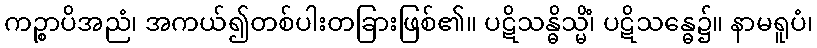
ကဉ္စာပိအညံ၊ အကယ်၍တစ်ပါးတခြားဖြစ်၏။ ပဋိသန္ဓိသ္မိံ၊ ပဋိသန္ဓေ၌။ နာမရူပံ၊